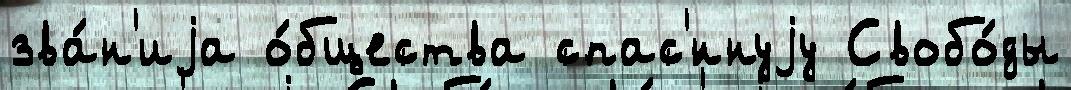
зва́н'иjа о́бщества спас'́ннуjу Свобо́ды